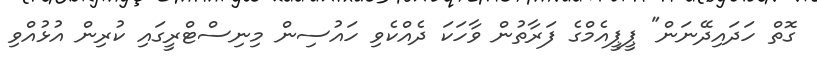
ގޮތް ހަދައިދޭނަން" ޕީޕީއެމްގެ ފަރާތުން ވާހަކަ ދެއްކެވި ހައުސިން މިނިސްޓްރީގައި ކުރިން އުޅުއްވި